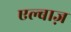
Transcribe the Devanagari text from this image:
एल्बाज़